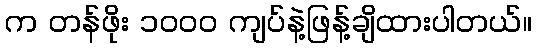
က တန်ဖိုး ၁၀၀၀ ကျပ်နဲ့ဖြန့်ချိထားပါတယ်။